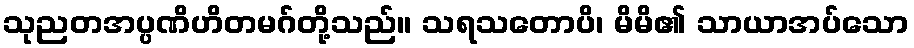
သုညတအပ္ပဏိဟိတမဂ်တို့သည်။ သရသတောပိ၊ မိမိ၏ သာယာအပ်သော